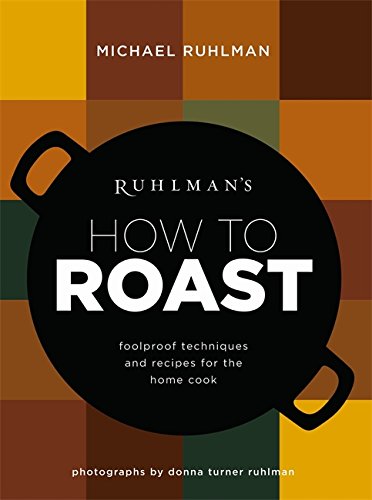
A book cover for Ruhlman's How to Roast: Foolproof Techniques and Recipes for the Home Cook; Michael Ruhlman; Cookbooks, Food & Wine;